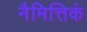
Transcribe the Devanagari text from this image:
नैमित्तिकं